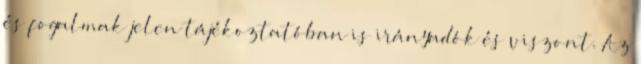
és fogalmak jelen tájékoztatóban is irányadók és viszont. Az